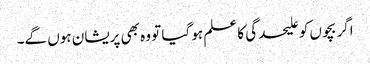
اگر بچوں کو علیحدگی کا علم ہو گیا تو وہ بھی پریشان ہوں گے۔